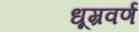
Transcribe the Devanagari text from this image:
धूम्रवर्णं